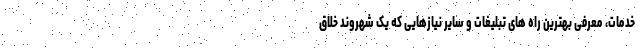
خدمات، معرفی بهترین راه های تبلیغات و سایر نیازهایی که یک شهروند خلاق